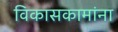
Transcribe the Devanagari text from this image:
विकासकामांना